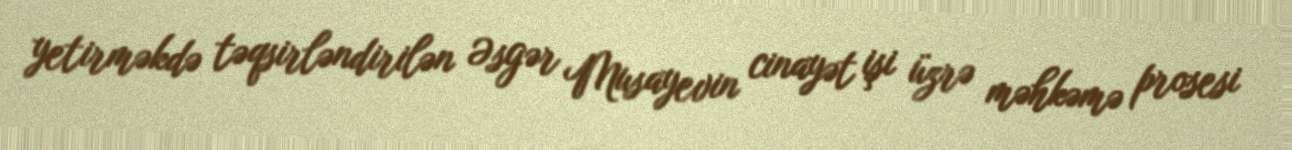
yetirməkdə təqsirləndirilən Əsgər Musayevin cinayət işi üzrə məhkəmə prosesi